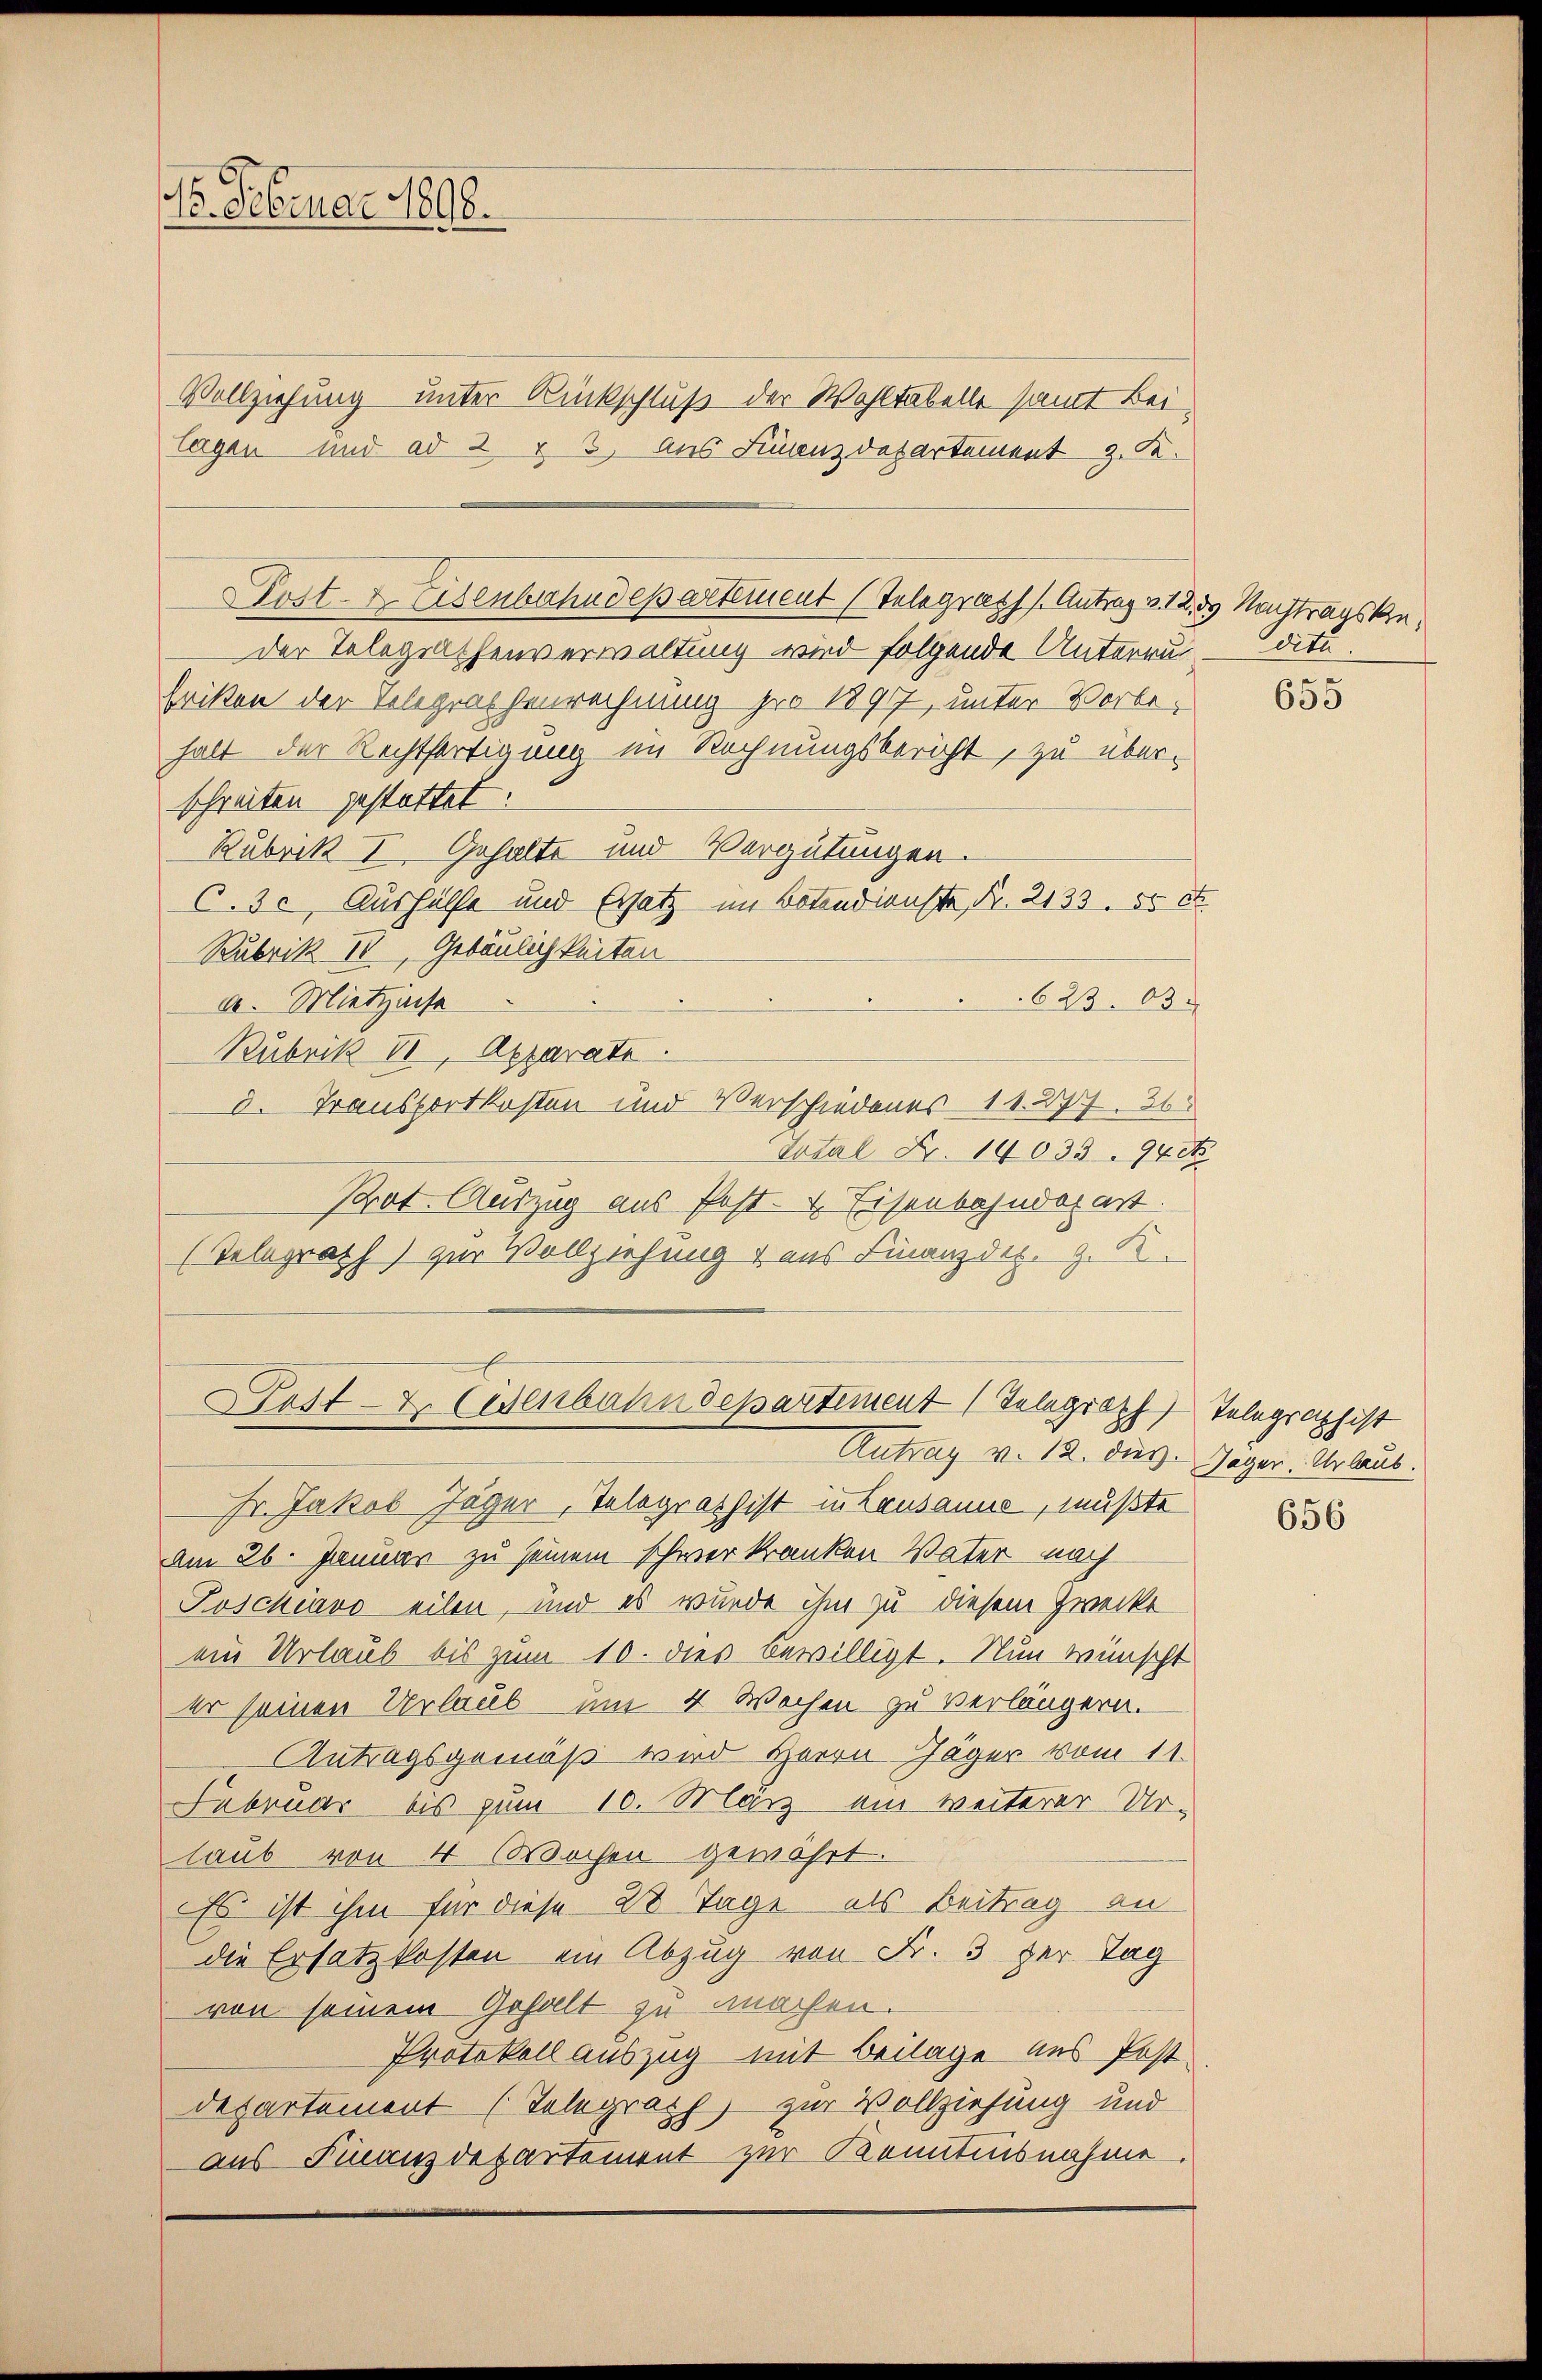
16. Februar 1898.

Vollziehung unter Rückschluß der Wohltabelle samt Bei
lagen und ad 2 & 3. Aus Finanzdepartement z. K.

der Telegrathenverwaltung wird folgende Unterru — dite.
hritten der Telegraphenrechnung pro 1897, unter Vorbehalt der Rechtfertigung im Rechnungsbericht, zu über-
schreiben gestattet:
Bubrik I Gehalte und Vergütungen.
C.3c, Aushülfe und Ersatz im Botendienste, Fr. 2133. 50 C
Rubrik II, Gebäulichkeiten
623.03
20. Mietzinse
Bubrik II, Apparate
d. Transportkosten und Verschiedenes 11. 277. 36
Total Fr. 14033 94 d
Prot. Auszug aus Post- & Eisenbahndepart.
(Telegrath) zur Vollziehung & aus Finanzdiz. g. K.
Post- & Eisenbahndepartiment Telegraph
Antrag v. 12. dies. Jager. Urlaub.
Fr. Jakob Jäger, Telegraphist in Lausanns, mußte
am 26. Januar zu seinem schwer kranken Vater nach
Poschiavo eilen, und es wurde ihm zu diesem Zwecke
ein Urlaub bis zum 10. dies bewilligt. Nun wünscht
er seinen Urlaub um 4 Wochen zu verlängern.
Antragsgemäß wird Herrn Jäger vom 11.
Februar bis zum 10. März ein weiterer Ur-
laub von 4 Wochen gewährt.
Es ist ihm für diese 20 Tage als Beitrag an
die Ersatzkosten ein Abzug von Fr. 3 der Tag
von seinem Gehalt zu machen.
Protokoll auszug mit Beilage aus Post
departement (Telegrath zur Vollziehung und
aus Finanzdepartement zur Kenntnisnahme

Post- & Eisenbahndepartement (Telegraph s. Antrag 212. ds Nachtragske¬

655

Telegraphist

656